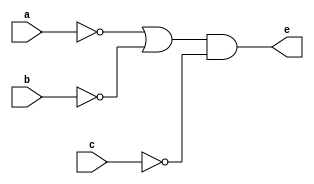
`timescale 1ns / 1ps
//////////////////////////////////////////////////////////////////////////////////
// Company: 
// Engineer: 
// 
// Design Name: 
// Module Name: inv
// Project Name: 
// Target Devices: 
// Tool Versions: 
// Description: 
// 
// Dependencies: 
// 
// Revision:
// Revision 0.01 - File Created
// Additional Comments:
// 
//////////////////////////////////////////////////////////////////////////////////


module inv(
    input a, b, c,
    output e
    );
    assign e = ((~a)|(~b))&(~c);
    
endmodule